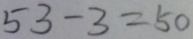
5 3 - 3 = 5 0